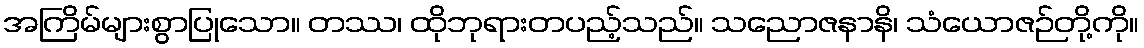
အကြိမ်များစွာပြုသော။ တဿ၊ ထိုဘုရားတပည့်သည်။ သညောဇနာနိ၊ သံယောဇဉ်တို့ကို။